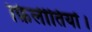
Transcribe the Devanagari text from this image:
फ़िलीतियों।